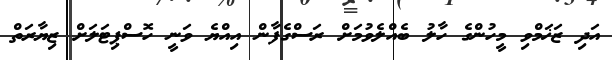
އަދި ޒަޚަމްވި މީހުންގެ ހާލު ބެއްލެވުމަށް ރަސްގެފާން އިއްޔެ ވަނީ ހޮސްޕިޓަލަށް ޒިޔާރަތް